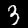
Digit: 3